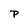
Character: P